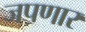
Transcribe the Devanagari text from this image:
जपणार